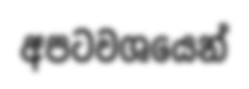
අපටවශයෙන්